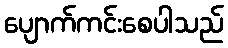
ပျောက်ကင်းစေပါသည်